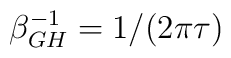
\beta^{-1}_{GH} = 1/(2\pi \tau)